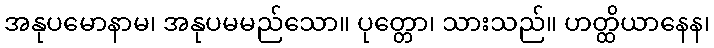
အနုပမောနာမ၊ အနုပမမည်သော။ ပုတ္တော၊ သားသည်။ ဟတ္ထိယာနေန၊